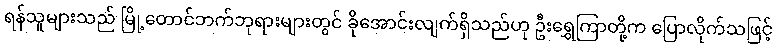
ရန်သူများသည် မြို့တောင်ဘက်ဘုရားများတွင် ခိုအောင်းလျက်ရှိသည်ဟု ဦးရွှေကြာတို့က ပြောလိုက်သဖြင့်